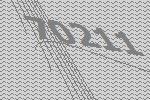
70211